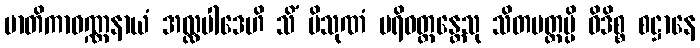
မာတိကာဝဏ္ဏနာယံ အလ္လပါဒေဟိ သိံ ပိသုဏံ ပရိဝတ္တန္တေသု သိတမတ္တမ္ပိ ဝိဒိစ္စ စဋ္ဌာနေ